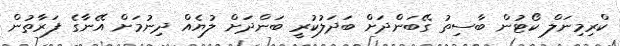
ކްރިމިނަލް ކޯޓުން ބާސިތު ގޭބަންދަށް ބަދަލުކުރީ ބަންދަށް ލުޔެއް ދިނުމަށް އޭނާގެ ފަރާތުން